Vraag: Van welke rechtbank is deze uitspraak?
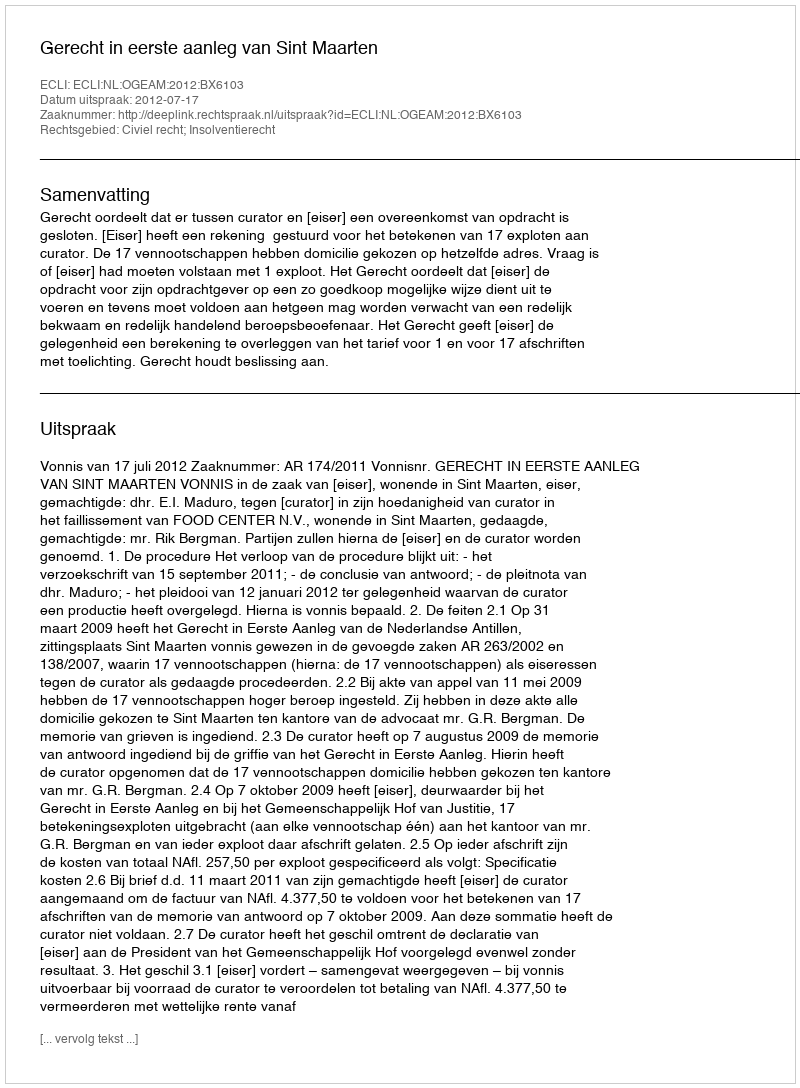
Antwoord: Gerecht in eerste aanleg van Sint Maarten